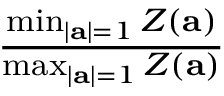
\begin{array} { r } { \frac { \operatorname* { m i n } _ { | \mathbf { a } | = 1 } Z ( \mathbf { a } ) } { \operatorname* { m a x } _ { | \mathbf { a } | = 1 } Z ( \mathbf { a } ) } } \end{array}